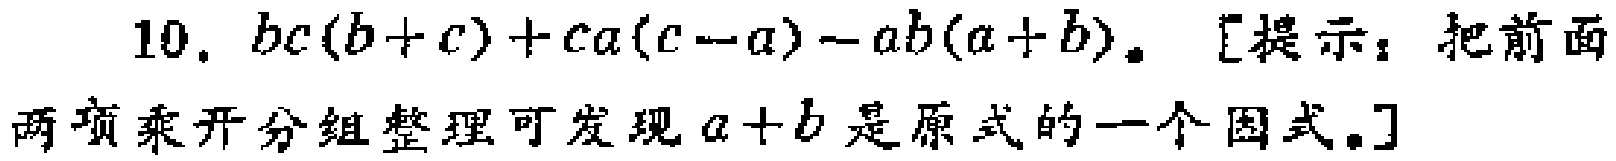
10. \(bc(b + c)+ca(c - a)-ab(a + b)\)。[提示：把前面两项乘开分组整理可发现\(a + b\)是原式的一个因式。]